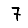
Digit: 7